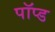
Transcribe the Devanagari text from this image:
पॉप्ड